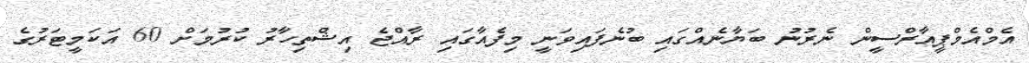
އެމްއެމްޕީއާރްސީން ނެރުނު ބަޔާނެއްގައި ބުނެފައިވަނީ މިފެއާގައި ރާއްޖެ އިޝްތިހާރު ކުރުމަށް 60 އަކަމީޓަރުގެ